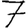
Digit: 7